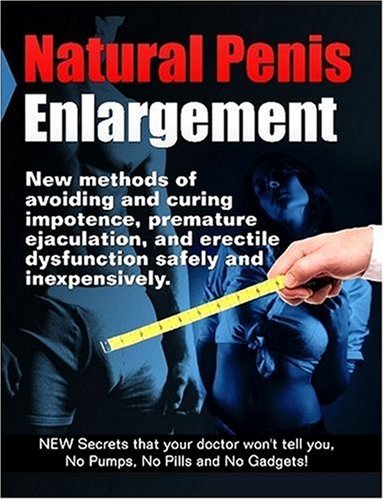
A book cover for Natural Penis Enlargement: New methods of avoiding and curing impotence, premature ejaculation, and erectile dysfunction safely and inexpensively. NEW Secrets that your doctor wont tell you, No Pumps, No Pills and No Gadgets!; Platinum Millennium Publishing; Health, Fitness & Dieting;